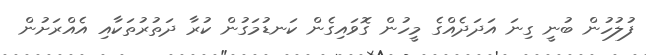
ފުލުހުން ބުނީ ގިނަ އަދަދެއްގެ މީހުން ގޮވައިގެން ކަނޑުމަގުން ކުރާ ދަތުރުތަކާއި އެއްރަށުން